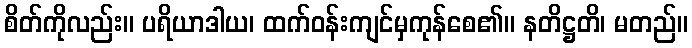
စိတ်ကိုလည်း။ ပရိယာဒါယ၊ ထက်ဝန်းကျင်မှကုန်စေ၏။ နတိဋ္ဌတိ၊ မတည်။